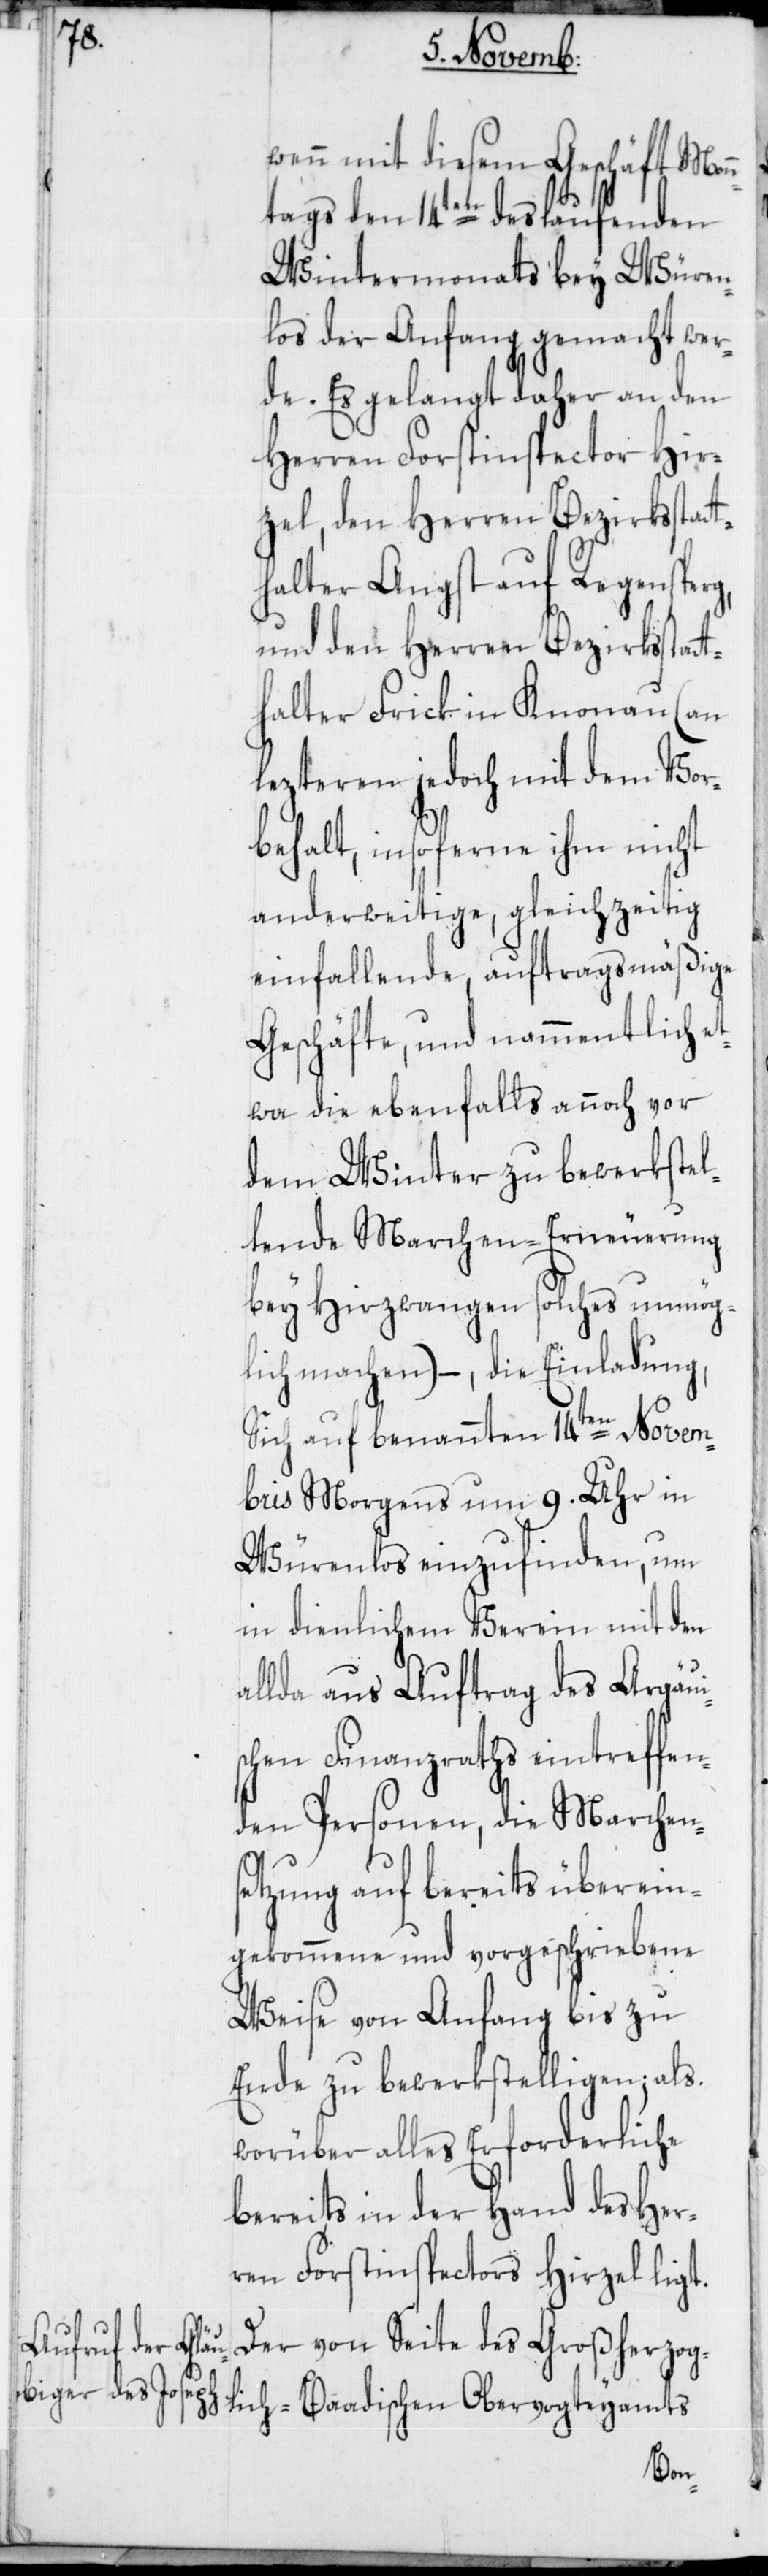
wenn mit diesem Geschäft Mon¬
ntags den 14ten des laufenden
Wintermonats bey Würen¬
los der Anfang gemacht wer¬
de. Es gelangt daher an den
Herren Forstinspector Hir¬
zel, den Herren Bezirksstat¬
thalter Angst auf Regensperg,
und den Herren Bezirksstat¬
thalter Frick in Knonau (an
lezteren jedoch mit dem Vor¬
behalt, insoferne ihm nicht
anderweitige, gleichzeitig
einfallende, auftragsmäßige
Geschäfte, und nammentlich et¬
wa die ebenfalls annoch vor
dem Winter zu bewerkstel¬
lende Marchen-Erneuerung
bey Hirzwangen solches unmög¬
lich machen) –, die Einladung,
Sich auf benannten 14ten Novem¬
bris Morgens um 9. Uhr in
Würenlos einzufinden, um
in dienlichem Verein mit den
allda aus Auftrag des Argäui¬
schen Finanzraths eintreffen¬
den Personen, die Marchens¬
etzung auf bereits überein¬
gekommene und vorgeschriebene
Weise von Anfang bis zu
Ende zu bewerkstelligen, als
worüber alles Erforderliche
bereits in der Hand des Her¬
ren Forstinspectors Hirzel ligt.
Der von Seite des Großherzog¬
lich-Baadischen Obervogteyamts